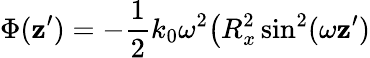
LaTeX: \Phi(\mathbf{z}^{\prime})=-\frac{{1}}{{2}}k_{0}\omega^{2}\big(R_{x}^{2}\sin^{2}(\omega\mathbf{z}^{\prime})